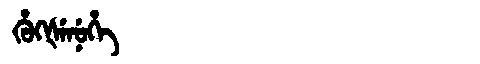
Manchu: ᡥᡠᡴᡧᡝᠨᡠᡥᡝ
Romanization: HUKŠENUHE